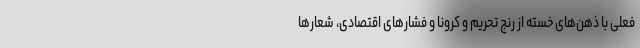
فعلی با ذهن‌های خسته از رنج تحریم و کرونا و فشارهای اقتصادی، شعارها